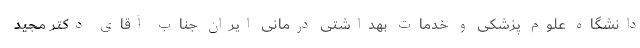
دانشگاه علوم پزشکی و خدمات بهداشتی درمانی ایران جناب آقای دکتر مجید